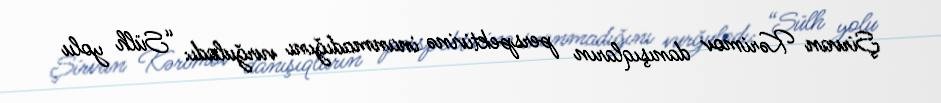
Şirvan Kərimov danışıqların perspektivinə inanmadığını vurğuladı: “Sülh yolu